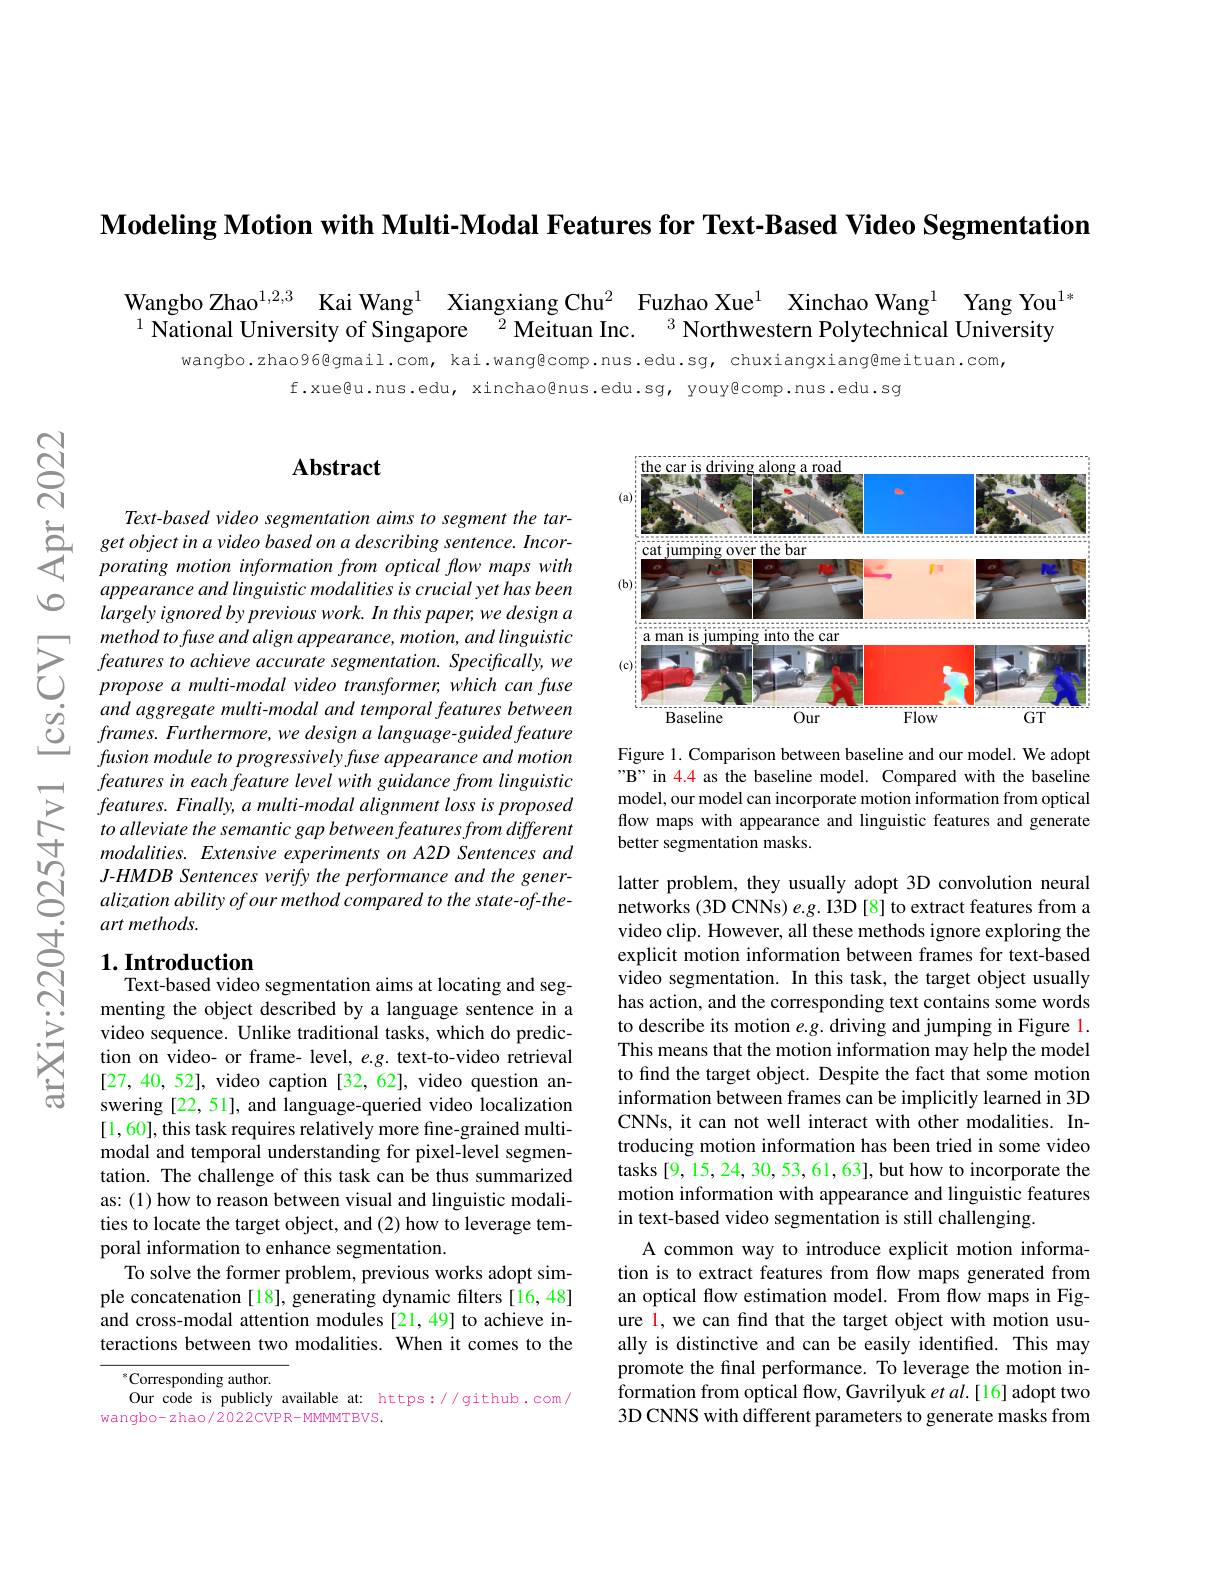
Modeling Motion with Multi-M

Wangbo Zhao$^{1,2,3}$ Kai Wa
$\bar{\text{National University of S}}$

wangbo.zhao96@gmail.com, kai
f.xue@u.nus.edu, xinchao@nus.edu.sg, youy@comp.nus.edu.sg

$ପ୍ରିୁ$

vo

### $\mathbf{Abstract}$

Text-based video segmentatio
$\sum_{porating~motion~information~from~optical~fow~maps~with}$
appearance and linguistic mo largely ignored by previous
$\sum_{\begin{array}{ll}\text{method to fuse and}\end{array}}$ $\begin{array}{lll}{\dot{O}}&{and\:aggregate\:multi-modal\:and\:tem}\end{array}$
features in each feature lev features. Finally, a multi-m to alleviate the semantic ga
art methods.

# 1. Introduction Text-based video segmentatio

menting the object described video sequence. Unlike traditional tasks, which do prediction on video- or frame- lev [27,40,52], video caption[ swering [22, 51], and langua [1,60], this task requires r modal and temporal understan tation. The challenge of thi as: (1) how to reason betwee ties to locate the target ob poral information to enhance
To solve the former problem, previous works adopt simple concatenation [18], gene and cross-modal attention mo teractions between two modal

$^{*}$Corresponding author.
Our code is publicly availab
wangbo-zhao/2022CVPR-MMMTBVS

<FigureHere>

Figure 1. Comparison between baseline and our model. We adopt "B" in 4.4 as the baseline m model, our model can incorpo flow maps with appearance an better segmentation masks.

latter problem, they usually networks (3D CNNs) e.g. I3D video clip. However, all the explicit motion information video segmentation. In this task, the target object usually has action, and the correspo to describe its motion e.g. This means that the motion i to find the target object. D information between frames c CNNs, it can not well intera troducing motion information has been tried in some video tasks [9,15,24,30,53,61,63] motion information with appe in text-based video segmenta
A common way to introduce ex tion is to extract features an optical flow estimation m ure l, we can find that the ally is distinctive and can promote the final performance. To leverage the motion information from optical flow, 3D CNNS with different param